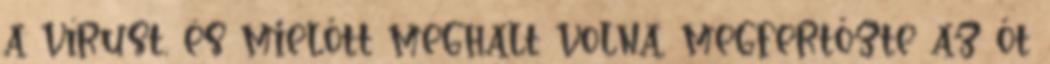
a vírust, és mielőtt meghalt volna, megfertőzte az őt